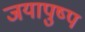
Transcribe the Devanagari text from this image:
जयापुष्प